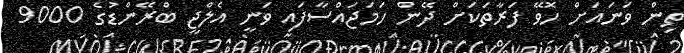
ތިން ވަނައަށް ހޮވޭ ފަރާތަކަށް ދޭން ހަމަޖައްސާފައި ވަނީ އެލްޖީ ބްރޭންޑުގެ 9000